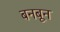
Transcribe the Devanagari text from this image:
बनबून